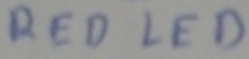
Text: RED LED